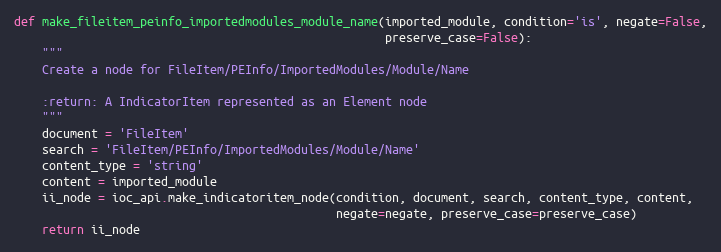
Language: Python
def make_fileitem_peinfo_importedmodules_module_name(imported_module, condition='is', negate=False,
                                                     preserve_case=False):
    """
    Create a node for FileItem/PEInfo/ImportedModules/Module/Name

    :return: A IndicatorItem represented as an Element node
    """
    document = 'FileItem'
    search = 'FileItem/PEInfo/ImportedModules/Module/Name'
    content_type = 'string'
    content = imported_module
    ii_node = ioc_api.make_indicatoritem_node(condition, document, search, content_type, content,
                                              negate=negate, preserve_case=preserve_case)
    return ii_node